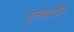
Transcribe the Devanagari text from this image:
मुस्कटीत